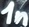
Text: 1n